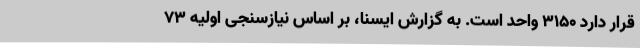
قرار دارد ۳۱۵۰ واحد است. به گزارش ایسنا، بر اساس نیازسنجی اولیه ۷۳